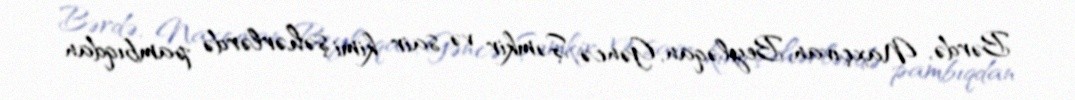
Bərdə, Naxçıvan, Beyləqan, Gəncə, Şəmkir və sair kimi şəhərlərdə pambıqdan